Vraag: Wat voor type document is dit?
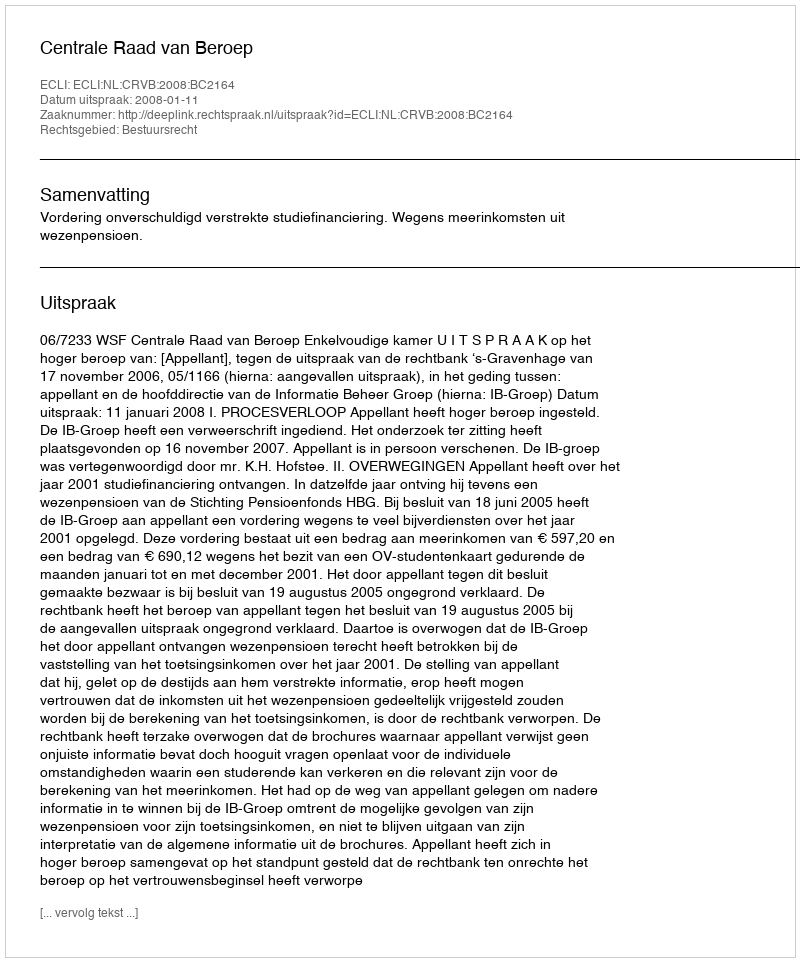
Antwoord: Uitspraak